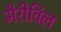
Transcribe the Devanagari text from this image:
मैरीविल